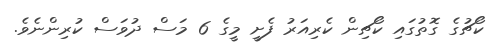
ކޯޗުގެ ގޮތުގައި ކޯޗިން ކެރިއަރު ފެށީ މީގެ 6 މަސް ދުވަސް ކުރިންނެވެ.